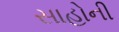
સાહોની